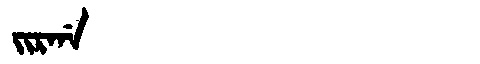
Manchu: ᠵᡳᡵᡤᠠ
Romanization: JIRGA